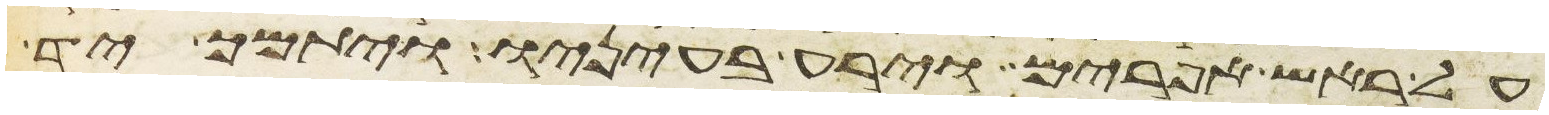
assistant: על ראש אפרים וירע בעיניו ויתמך יד